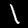
Digit: 1